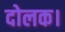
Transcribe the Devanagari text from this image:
दोलक।